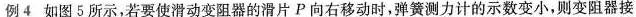
例4如图5所示，若要使滑动变阻器的滑片P向右移动时，弹簧测力计的示数变小，则变阻器接